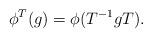
LaTeX: \begin{align*} \phi^T(g) = \phi(T^{-1}gT).\end{align*}